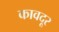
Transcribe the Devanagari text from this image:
कावदूर